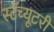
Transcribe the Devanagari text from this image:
स्टॅच्यूटरी